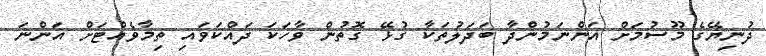
ދުނިޔޭގެ މޫސުމަށް އަންނަމުންދާ ބަދަލުތަކާ ގުޅޭ ގޮތުން ވާހަކަ ދައްކަވައި ތިމާވެއްޓަށް އަންނަ